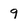
Character: 9